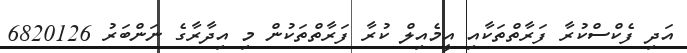
އަދި ފެކްސްކުރާ ފަރާތްތަކާއި އީމެއިލް ކުރާ ފަރާތްތަކުން މި އިދާރާގެ ނަންބަރު 6820126